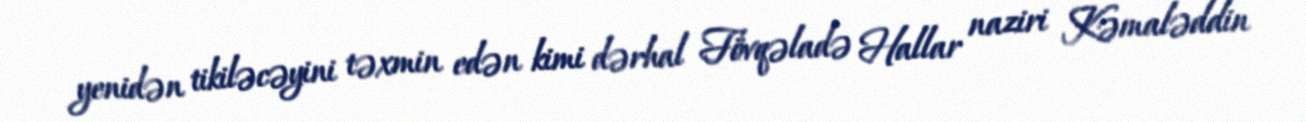
yenidən tikiləcəyini təxmin edən kimi dərhal Fövqəladə Hallar naziri Kəmaləddin